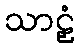
သာဠှံ